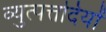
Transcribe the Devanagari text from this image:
व्युत्पत्तदियों